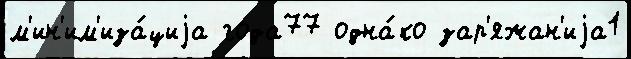
м'ин'им'иза́циjа года77 одна́ко зар'яжан'иjа1